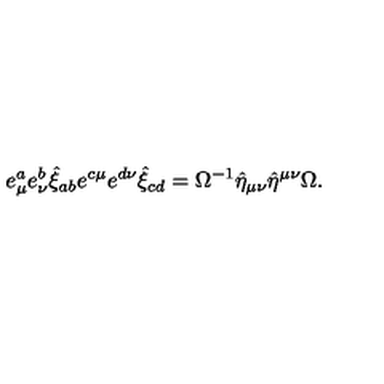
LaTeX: e _ { \mu } ^ { a } e _ { \nu } ^ { b } \hat { \xi } _ { a b } e ^ { c \mu } e ^ { d \nu } \hat { \xi } _ { c d } = \Omega ^ { - 1 } \hat { \eta } _ { \mu \nu } \hat { \eta } ^ { \mu \nu } \Omega .